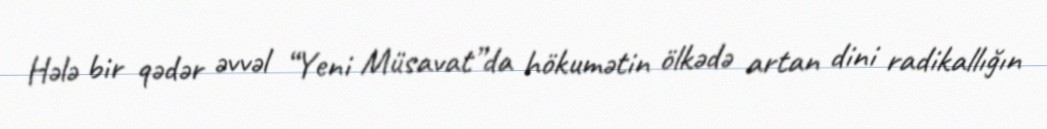
Hələ bir qədər əvvəl “Yeni Müsavat”da hökumətin ölkədə artan dini radikallığın